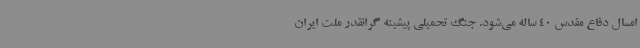
امسال دفاع مقدس 40 ساله می‌شود. جنگ تحمیلی پیشینه گرانقدر ملت ایران